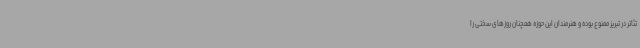
تئاتر در تبریز ممنوع بوده و هنرمندان این حوزه همچنان روزهای سختی را